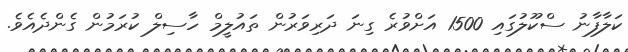
ކަލާފާނު ސްކޫލުގައި 1500 އަށްވުރެ ގިނަ ދަރިިވަރުން ތައުލީމް ހާސިލް ކުރަމުން ގެންދެއެވެ.